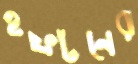
হফটনের